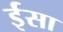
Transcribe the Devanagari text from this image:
र्इसा